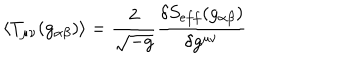
\langle T _ { \mu \nu } ( g _ { \alpha \beta } ) \rangle = \frac { 2 } { \sqrt { - g } } \frac { \delta S _ { e f f } ( g _ { \alpha \beta } ) } { \delta g ^ { \mu \nu } }